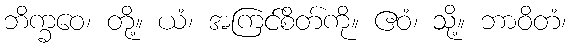
ဘိက္ခဝေ၊ တို့။ ယံ၊ အကြင်စိတ်ကို။ ဧဝံ၊ သို့။ ဘာဝိတံ၊